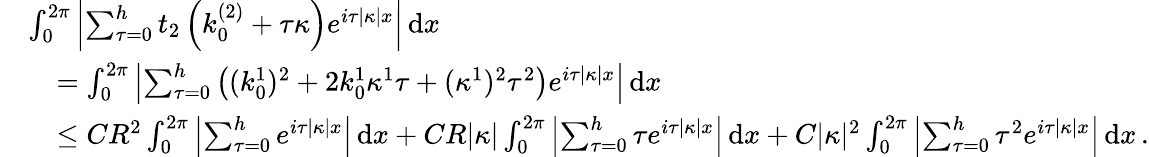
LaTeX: \begin{array}{rl}&{\int_{0}^{2\pi}\left\vert\sum_{\tau=0}^{h}t_{2}\left(k_{0}^{(2)}+\tau\kappa\right)e^{i\tau|\kappa|x}\right\vert\, \textnormal{d}x}\\ &{\quad=\int_{0}^{2\pi}\left\vert\sum_{\tau=0}^{h}\left((k_{0}^{1})^{2}+2k_{0}^{1}\kappa^{1}\tau+(\kappa^{1})^{2}\tau^{2}\right)e^{i\tau|\kappa|x}\right\vert\, \textnormal{d}x}\\ &{\quad\leq CR^{2}\int_{0}^{2\pi}\left\vert\sum_{\tau=0}^{h}e^{i\tau|\kappa|x}\right\vert\, \textnormal{d}x+CR|\kappa|\int_{0}^{2\pi}\left\vert\sum_{\tau=0}^{h}\tau e^{i\tau|\kappa|x}\right\vert\, \textnormal{d}x+C|\kappa|^{2}\int_{0}^{2\pi}\left\vert\sum_{\tau=0}^{h}\tau^{2}e^{i\tau|\kappa|x}\right\vert\, \textnormal{d}x\, .}\end{array}